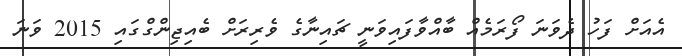
އެއަށް ފަހު ދެވަނަ ފޯރަމެއް ބާއްވާފައިވަނީ ޗައިނާގެ ވެރިރަށް ބެއިޖިންގްގައި 2015 ވަނަ